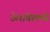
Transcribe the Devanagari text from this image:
डेलावेरमध्ये